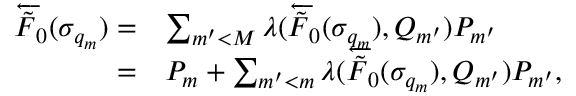
\begin{array} { r l } { \overleftarrow { \tilde { F } } _ { 0 } ( \sigma _ { q _ { m } } ) = } & { \sum _ { m ^ { \prime } < M } \lambda ( \overleftarrow { \tilde { F } } _ { 0 } ( \sigma _ { q _ { m } } ) , Q _ { m ^ { \prime } } ) P _ { m ^ { \prime } } } \\ { = } & { P _ { m } + \sum _ { m ^ { \prime } < m } \lambda ( \overleftarrow { \tilde { F } } _ { 0 } ( \sigma _ { q _ { m } } ) , Q _ { m ^ { \prime } } ) P _ { m ^ { \prime } } , } \end{array}